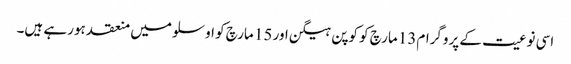
اسی نوعیت کے پروگرام13 مارچ کو کوپن ہیگن اور 15 مارچ کو اوسلو میں منعقد ہورہے ہیں۔